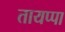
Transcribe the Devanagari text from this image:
तायप्पा